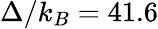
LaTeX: \Delta/k_{B}=41.6